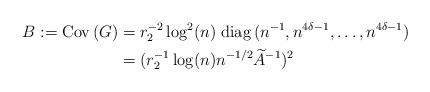
LaTeX: \begin{align*}B:={\rm Cov\,}(G)&=r_2^{-2}\log^2(n)\; {\rm diag\,}(n^{-1}, n^{4\delta-1},\ldots, n^{4\delta-1})\\ &= (r_2^{-1} \log(n)n^{-1/2}\widetilde A^{-1})^{2}\end{align*}